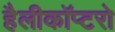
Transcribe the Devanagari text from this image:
हैलीकॉप्टरो